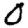
Digit: 0